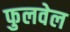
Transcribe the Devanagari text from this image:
फुलवेल